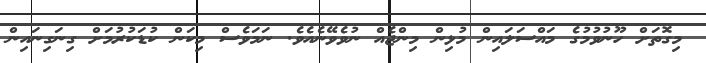
މިގޮތަށް ހޫނުވުމުގެ މައްސަލައިން މުޅިން މިންޖެއް ނުވެވޭނެއެވެ. ނަމަވެސް މިކަން ކުޑަކުރުމަށް ގިނަގިނައިން